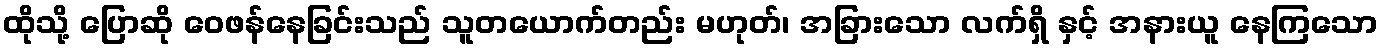
ထိုသို့ ပြောဆို ဝေဖန်နေခြင်းသည် သူတယောက်တည်း မဟုတ်၊ အခြားသော လက်ရှိ နှင့် အနားယူ နေကြသော